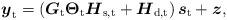
LaTeX: \begin{align*} \boldsymbol{y}_{\mathrm{t}} = \left(\boldsymbol{G}_{\mathrm{t}}\boldsymbol{\Theta}_{\mathrm{t}}\boldsymbol{H}_{\mathrm{s,t}}+\boldsymbol{H}_{\mathrm{d,t}}\right)\boldsymbol{s}_{\mathrm{t}}+\boldsymbol{z},\end{align*}